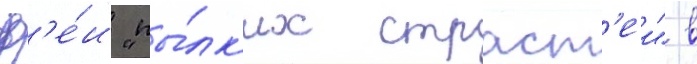
ф'е́и "пы́лк'их страст'еи" в